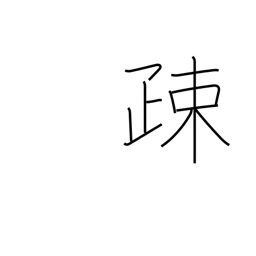
Meaning: alienate